Punjab Mental Hospital Lahore 1922-31 - 1922-1931
Year: 1922
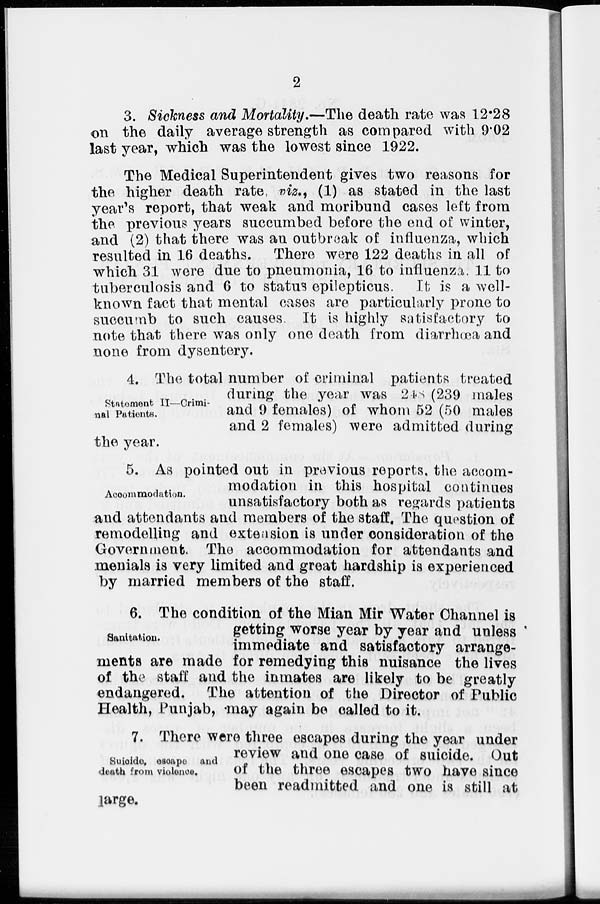
2
3. Sickness and Mortality.—The death rate was 12.28
on the daily average strength as compared with 9.02
last year, which was the lowest since 1922.
The Medical Superintendent gives two reasons for
the higher death rate viz., (1) as stated in the last
year's report, that weak and moribund cases left from
the previous years succumbed before the end of winter,
and (2) that there was an outbreak of influenza, which
resulted in 16 deaths. There were 122 deaths in all of
which 31 were due to pneumonia, 16 to influenza. 11 to
tuberculosis and 6 to status epilepticus. It is a well-
known fact that mental cases are particularly prone to
succumb to such causes. It is highly satisfactory to
note that there was only one death from diarrhœa and
none from dysentery.
Statement II—Crimi-
nal Patients.
4. The total number of criminal patients treated
during the year was 248 (239 males
and 9 females) of whom 52 (50 males
and 2 females) were admitted during
the year.
Accommodation.
5. As pointed out in previous reports, the accom-
modation in this hospital continues
unsatisfactory both as regards patients
and attendants and members of the staff. The question of
remodelling and extension is under consideration of the
Government. The accommodation for attendants and
menials is very limited and great hardship is experienced
by married members of the staff.
Sanitation.
6. The condition of the Mian Mir Water Channel is
getting worse year by year and unless
immediate and satisfactory arrange-
ments are made for remedying this nuisance the lives
of the staff and the inmates are likely to be greatly
endangered. The attention of the Director of Public
Health, Punjab, may again be called to it.
Suicide, escape and
death from violence.
7. There were three escapes during the year under
review and one case of suicide. Out
of the three escapes two have since
been readmitted and one is still at
large.